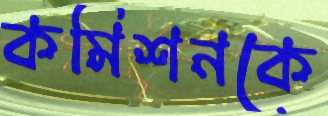
কমিশনকে